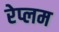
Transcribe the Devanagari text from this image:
रेप्लम